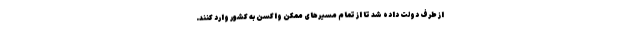
از طرف دولت داده شد تا از تمام مسیرهای ممکن واکسن به کشور وارد کنند.